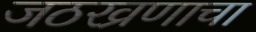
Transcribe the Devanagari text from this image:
जठरव्रणाचा